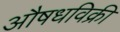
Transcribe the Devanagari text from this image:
औषधविक्री